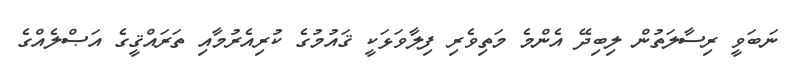
ނަބަވީ ރިސާލަތުން ލިބިދޭ އެންމެ މަތިވެރި ފިލާވަޅަކީ ޤައުމުގެ ކުރިއެރުމާއި ތަރައްޤީގެ އަޞްލެއްގެ